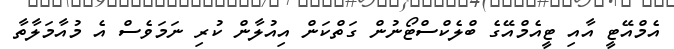
އެމްއޭޓީ އާއި ޓީއެމްއޭގެ ބްލެކްސްޓޯނުން ގަތްކަން އިއުލާން ކުރި ނަމަވެސް އެ މުއާމަލާތާ